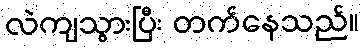
လဲကျသွားပြီး တက်နေသည်။